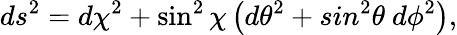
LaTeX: ds^{2}=d\chi^{2}+\sin^{2}\chi\left(d\theta^{2}+sin^{2}\theta\ d\phi^{2}\right),